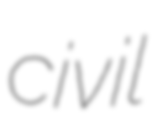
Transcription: civil